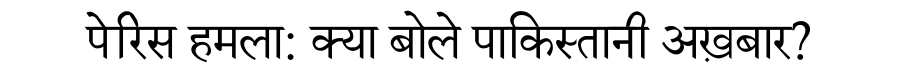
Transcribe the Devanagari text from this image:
पेरिस हमला: क्या बोले पाकिस्तानी अख़बार?